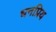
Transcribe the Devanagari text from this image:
धनप्रिय